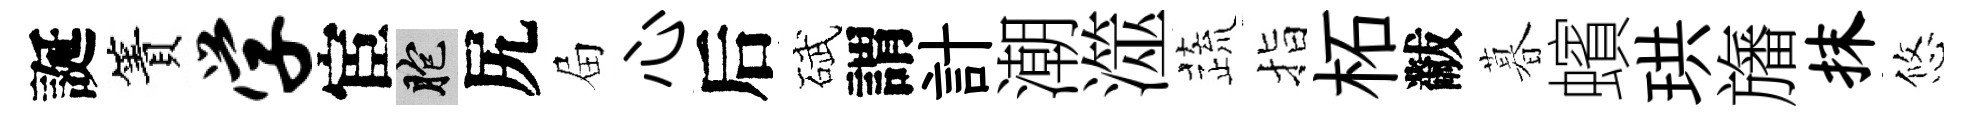
誕簀学宦胞尻屇心后碔謂計潮澨蔬指柘黻暮蠙珙旛抹悠